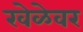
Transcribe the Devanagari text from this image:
खेळेवर